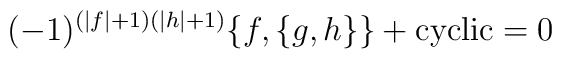
(-1)^{(|f|+1)(|h|+1)}\{f,\{g,h\}\} + \hbox{\rm cyclic} = 0